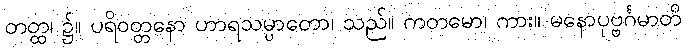
တတ္ထ၊ ၌။ ပရိဝတ္တနော ဟာရသမ္ပာတော၊ သည်။ ကတမော၊ ကား။ မနောပုဗ္ဗင်္ဂမာတိ